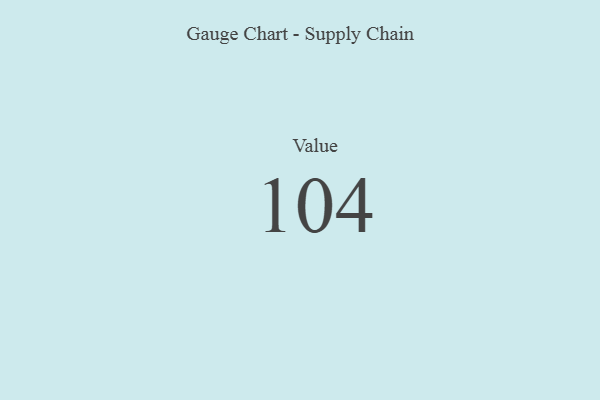
{"axis": {"x": "Metric", "y": "Value"}, "legend": [""], "data": [{"x": "Value", "y": 104, "type": ""}]}